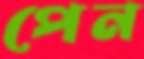
পেন